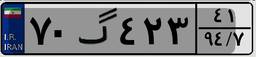
۹۹گ۳۱۷۹۵